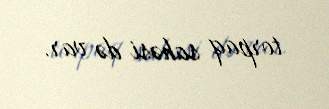
torpaq sahəsi də var.